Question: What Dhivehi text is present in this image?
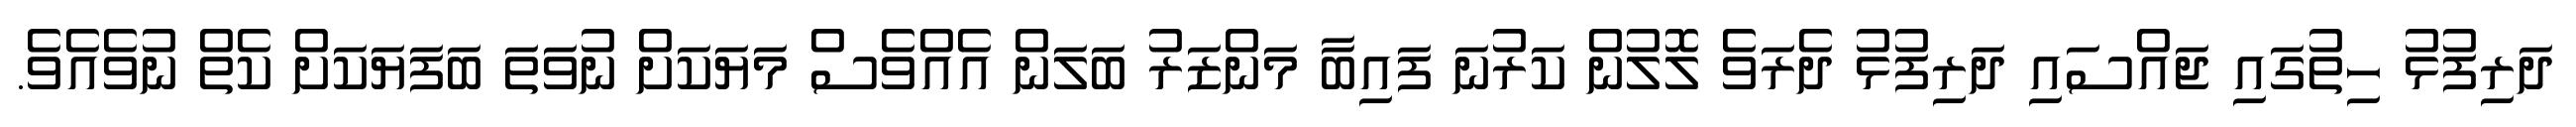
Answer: ދަރިފުޅު ހިތުގައި ޖައްސައި ދަރިފުޅު ދެރަވެ ލޮލުން ކަރުނަ ފައިބާ މަންޒަރު ބަލަން އެއްވެސް މަޔަކަށް ނުވަތަ ބަފަޔަކަށް ކެތް ނުވެއެވެ.